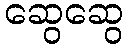
ဆွေဆွေ